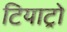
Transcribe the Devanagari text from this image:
टियाट्रो